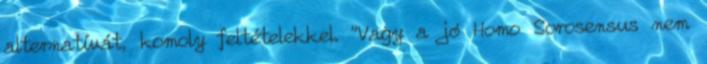
alternatívát, komoly feltételekkel. "Vagy a jó Homo Sorosensus nem